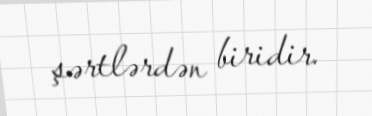
şərtlərdən biridir.